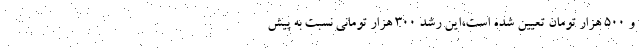
و ۵۰۰ هزار تومان تعیین شده است،این رشد ۳۰۰ هزار تومانی نسبت به پیش